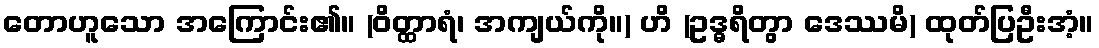
တောဟူသော အကြောင်း၏။ (ဝိတ္ထာရံ၊ အကျယ်ကို။) ဟိ (ဥဒ္ဓရိတွာ ဒေဿမိ) ထုတ်ပြဦးအံ့။